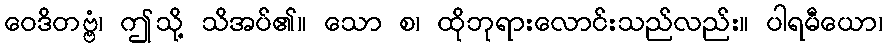
ဝေဒိတဗ္ဗံ၊ ဤသို့ သိအပ်၏။ သော စ၊ ထိုဘုရားလောင်းသည်လည်း။ ပါရမီယော၊